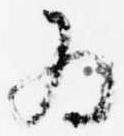
為